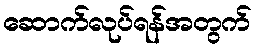
ဆောက်လုပ်ရန်အတွက်